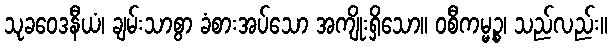
သုခဝေဒနီယံ၊ ချမ်းသာစွာ ခံစားအပ်သော အကျိုးရှိသော။ ဝစီကမ္မဉ္စ၊ သည်လည်း။